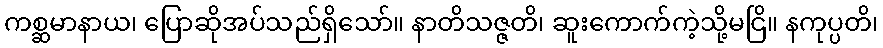
ကစ္ဆမာနာယ၊ ပြောဆိုအပ်သည်ရှိသော်။ နာတိသဇ္ဇတိ၊ ဆူးကောက်ကဲ့သို့မငြိ။ နကုပ္ပတိ၊